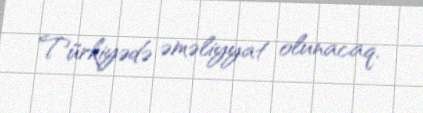
Türkiyədə əməliyyat olunacaq.